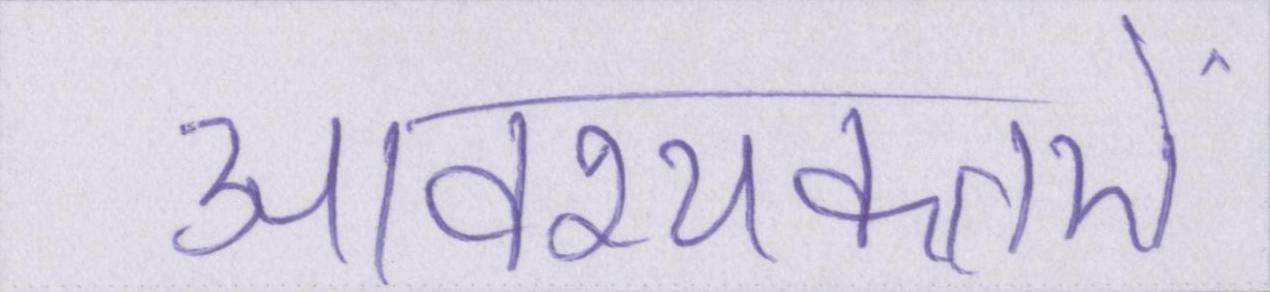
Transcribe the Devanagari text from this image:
आवश्यकतऐं